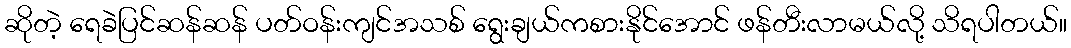
ဆိုတဲ့ ရေခဲပြင်ဆန်ဆန် ပတ်ဝန်းကျင်အသစ် ရွေးချယ်ကစားနိုင်အောင် ဖန်တီးလာမယ်လို့ သိရပါတယ်။